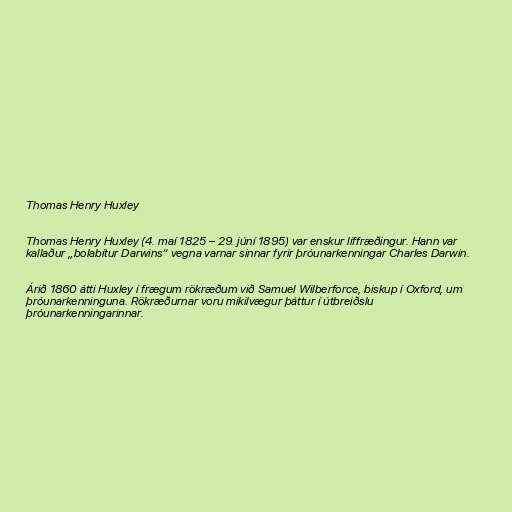
Thomas Henry Huxley

Thomas Henry Huxley (4. maí 1825 – 29. júní 1895) var enskur líffræðingur. Hann var
kallaður „bolabítur Darwins“ vegna varnar sinnar fyrir þróunarkenningar Charles Darwin.

Árið 1860 átti Huxley í frægum rökræðum við Samuel Wilberforce, biskup í Oxford, um
þróunarkenninguna. Rökræðurnar voru mikilvægur þáttur í útbreiðslu
þróunarkenningarinnar.